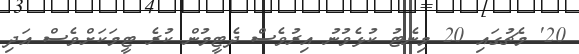
20' މެޗުގައި 20 މިނެޓު ކުޅެވުނު އިރުވެސް ދެޓީމުން ކުރެ ޓީމަކަށްވެސް އަދި